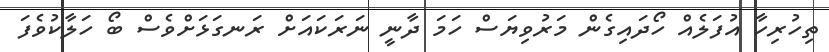
ތިހުރިހާ އުފަލެެއް ހޯދައިގެން މަރުވިޔަސް ހަމަ ދާނީ ނަރަކައަށް ރަނގަޅަށްވެސް ބޯ ހަލާކުވެފަ